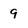
Character: 9